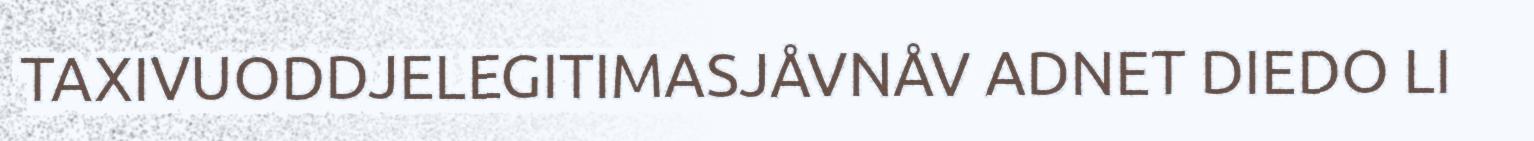
TAXIVUODDJELEGITIMASJÅVNÅV ADNET DIEDO LI